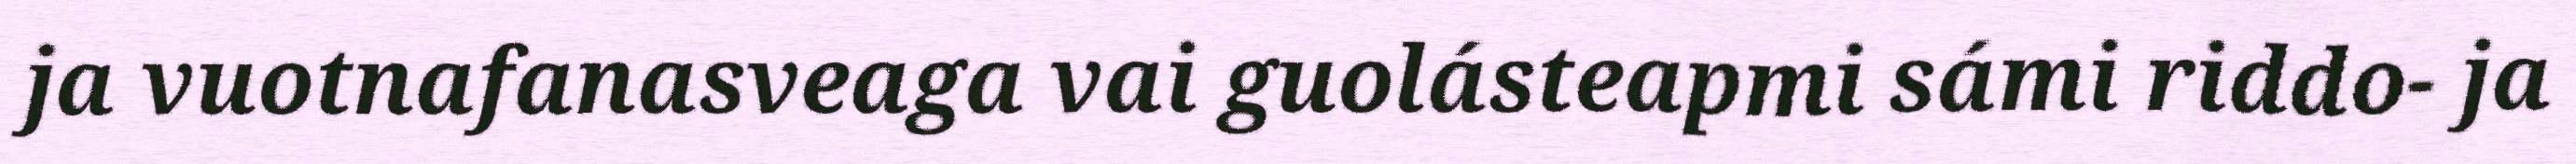
ja vuotnafanasveaga vai guolásteapmi sámi riddo- ja